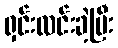
ရှင်းလင်းခဲ့ပြီး